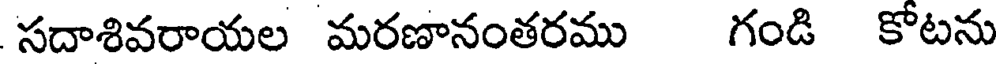
సదాశివరాయల మరణానంతరము గండి కోటను